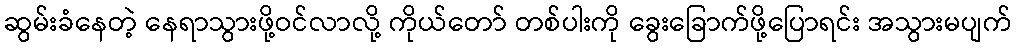
ဆွမ်းခံနေတဲ့ နေရာသွားဖို့ဝင်လာလို့ ကိုယ်တော် တစ်ပါးကို ခွေးခြောက်ဖို့ပြောရင်း အသွားမပျက်